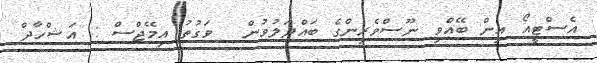
އެސްޓީއޯ އިން ބޭއްވި ނޫސްވެރިިންގެ ބައްދަލުވުން  ވަގުތު އިމޭޖްސް : އަޝްހާދް